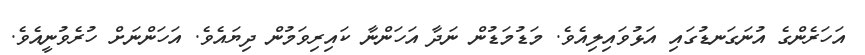
އަހަރެންގެ އުނަގަނޑުގައި އަޅުވައިލިއެވެ. މަޑުމަޑުން ނަދާ އަހަންނާ ކައިރިވަމުން ދިޔައެވެ. އަހަންނަށް ހުރެވުނީއެވެ.